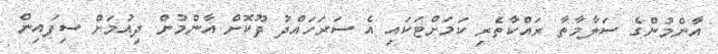
އާންމުންގެ ސަލާމާތާ ރައްކާތެރި ކަމަށްޓަކައި އެ ސަރަހައްދު ދޫކޮށް އާންމުން ދިއުމަށް ސިފައިން